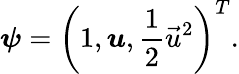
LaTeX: \boldsymbol{\psi}=\left(1,\boldsymbol{u},\frac{1}{2}{\vec{u}}^{2}\right)^{T}.